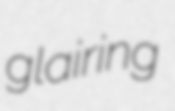
glairing